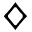
\diamondsuit